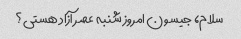
سلام، جیسون امروز شنبه عصر آزاد هستی؟